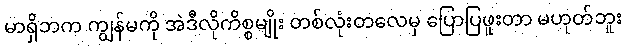
မာရှိဘက ကျွန်မကို အဲဒီလိုကိစ္စမျိုး တစ်လုံးတလေမှ ပြောပြဖူးတာ မဟုတ်ဘူး